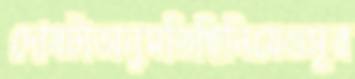
দোষটাঅনুমতিছিনিয়েওসূর